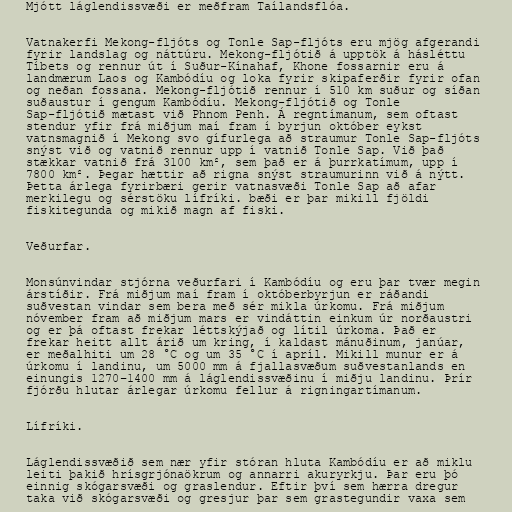
Mjótt láglendissvæði er meðfram Taílandsflóa.

Vatnakerfi Mekong-fljóts og Tonle Sap-fljóts eru mjög afgerandi
fyrir landslag og náttúru. Mekong-fljótið á upptök á hásléttu
Tíbets og rennur út í Suður-Kínahaf, Khone fossarnir eru á
landmærum Laos og Kambódíu og loka fyrir skipaferðir fyrir ofan
og neðan fossana. Mekong-fljótið rennur í 510 km suður og síðan
suðaustur í gengum Kambódíu. Mekong-fljótið og Tonle
Sap-fljótið mætast við Phnom Penh. Á regntímanum, sem oftast
stendur yfir frá miðjum maí fram í byrjun október eykst
vatnsmagnið í Mekong svo gífurlega að straumur Tonle Sap-fljóts
snýst við og vatnið rennur upp í vatnið Tonle Sap. Við það
stækkar vatnið frá 3100 km², sem það er á þurrkatímum, upp í
7800 km². Þegar hættir að rigna snýst straumurinn við á nýtt.
Þetta árlega fyrirbæri gerir vatnasvæði Tonle Sap að afar
merkilegu og sérstöku lífríki. bæði er þar mikill fjöldi
fiskitegunda og mikið magn af fiski.

Veðurfar.

Monsúnvindar stjórna veðurfari í Kambódíu og eru þar tvær megin
árstíðir. Frá miðjum maí fram í októberbyrjun er ráðandi
suðvestan vindar sem bera með sér mikla úrkomu. Frá miðjum
nóvember fram að miðjum mars er vindáttin einkum úr norðaustri
og er þá oftast frekar léttskýjað og lítil úrkoma. Það er
frekar heitt allt árið um kring, í kaldast mánuðinum, janúar,
er meðalhiti um 28 °C og um 35 °C í apríl. Mikill munur er á
úrkomu í landinu, um 5000 mm á fjallasvæðum suðvestanlands en
einungis 1270–1400 mm á láglendissvæðinu í miðju landinu. Þrír
fjórðu hlutar árlegar úrkomu fellur á rigningartímanum.

Lífríki.

Láglendissvæðið sem nær yfir stóran hluta Kambódíu er að miklu
leiti þakið hrísgrjónaökrum og annarri akuryrkju. Þar eru þó
einnig skógarsvæði og graslendur. Eftir því sem hærra dregur
taka við skógarsvæði og gresjur þar sem grastegundir vaxa sem